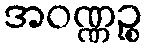
အဝဏ္ဏဉ္စ